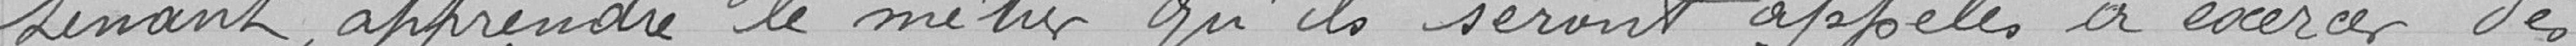
tenant, apprendre le métier qu'ils seront appelés à exercer dès